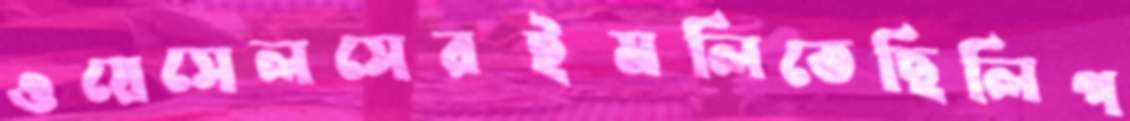
ওয়েসেলসেরইমলিতেছিলিপ